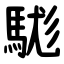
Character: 駹